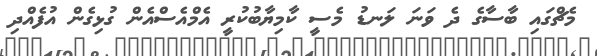
މެޗްގައި ބާސާގެ ދެ ވަނަ ލަނޑު މެސީ ކާމިޔާބުކުރީ އެމްއެސްއެން ގުޅިގެން އުފެއްދި